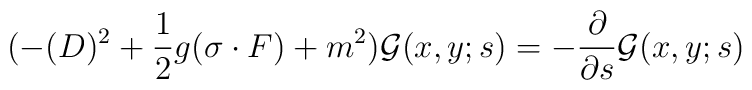
(-(D)^{2} +\frac{1}{2}g(\sigma\cdot F) + m^{2}){\cal G}(x,y;s)=-\frac{\partial}{\partial s}{\cal G}(x,y;s)